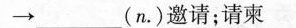
\to ___(n\cdot )邀请；请柬